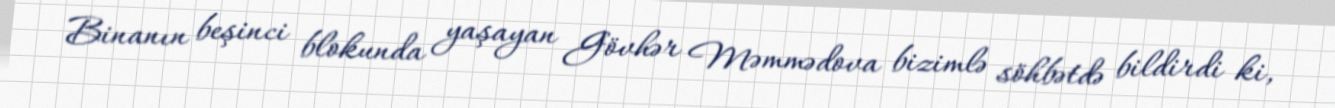
Binanın beşinci blokunda yaşayan Gövhər Məmmədova bizimlə söhbətdə bildirdi ki,